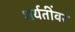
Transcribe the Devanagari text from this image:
शर्यतींवर